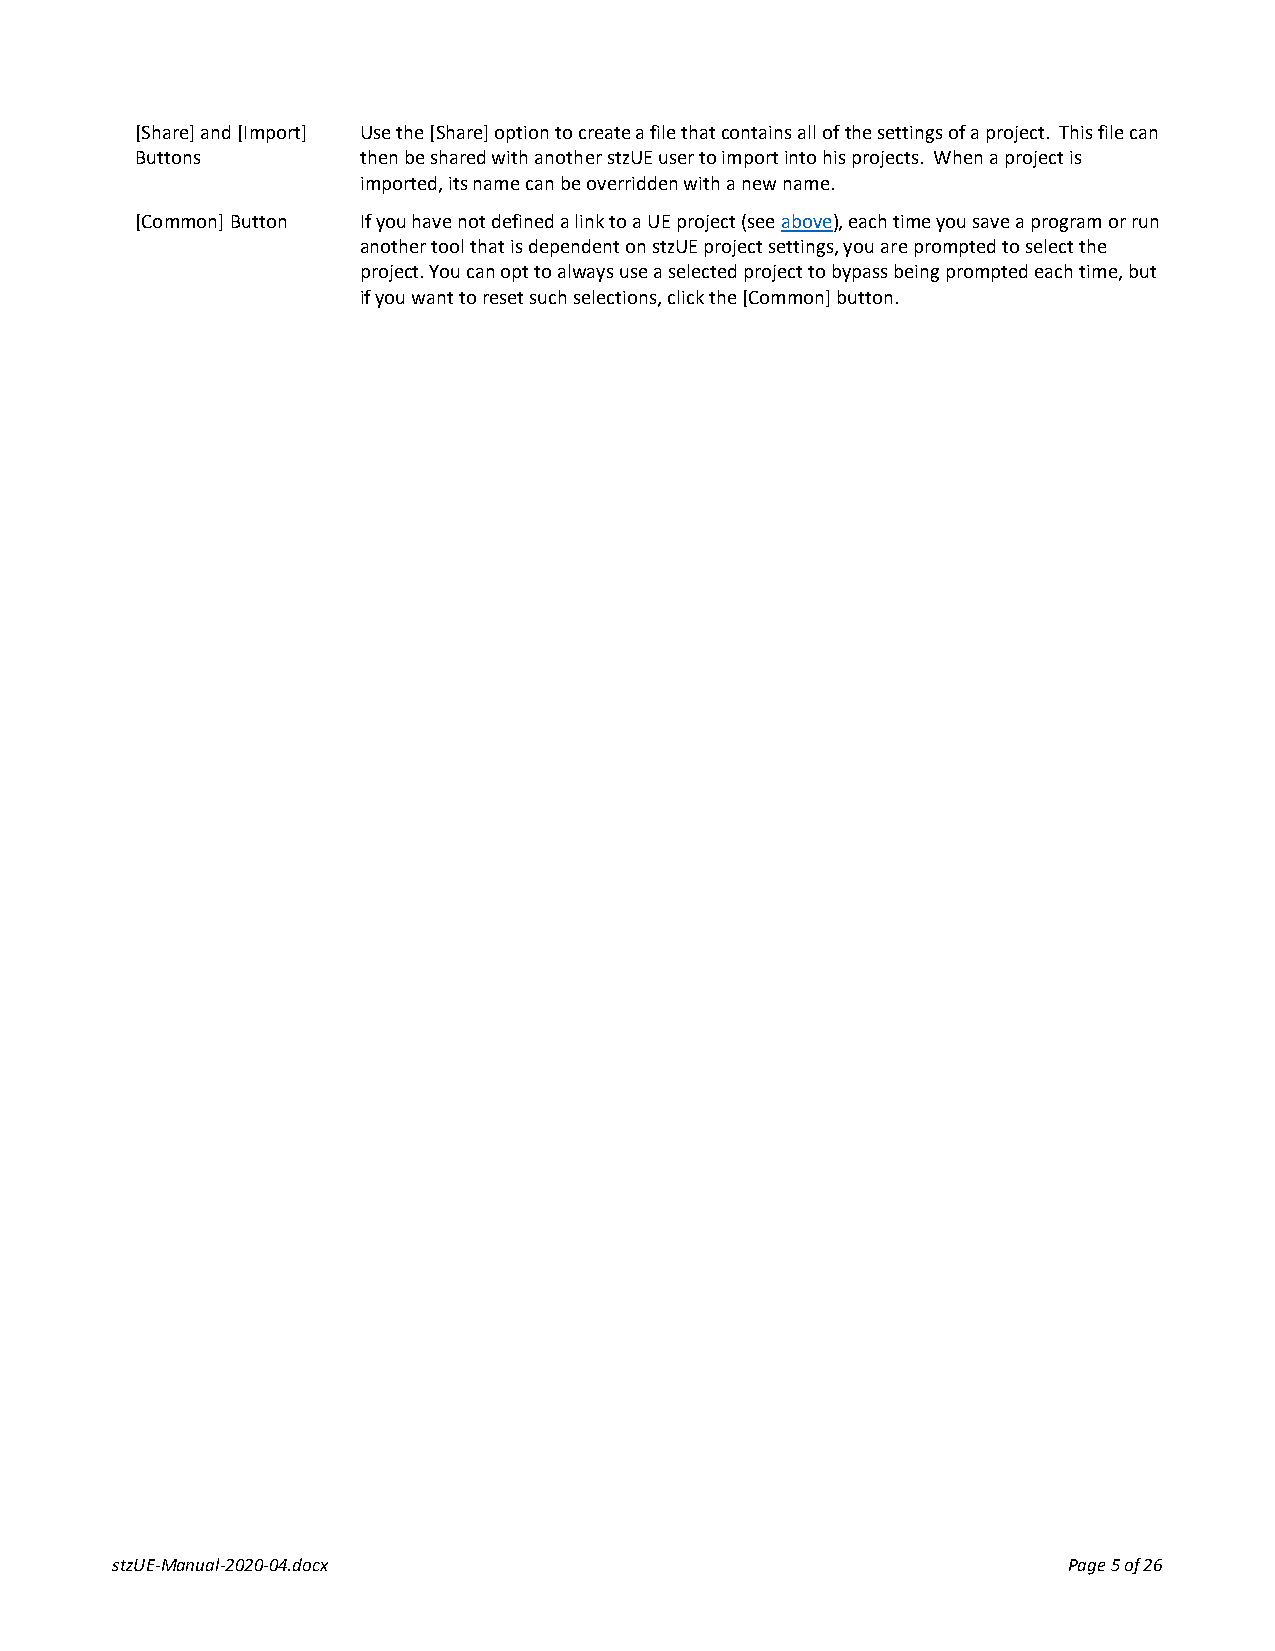
[Share] and [Import] Use the [Share] option to create a file that contains all of the settings of a project. This file can
 Buttons        then be shared with another stzUE user to import into his projects. When a project is
 imported, its name can be overridden with a new name.
 [Common] Button If you have not defined a link to a UE project (see above), each time you save a program or run
 another tool that is dependent on stzUE project settings, you are prompted to select the
 project. You can opt to always use a selected project to bypass being prompted each time, but
 if you want to reset such selections, click the [Common] button.
 stzUE-Manual-2020-04.docx                                       Page 5 of 26